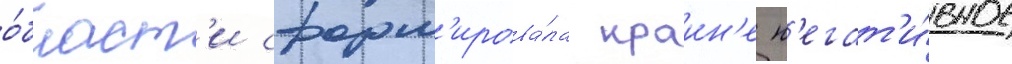
о́бласт'и сформ'ирова́ла краин'е н'егат'и́вное